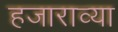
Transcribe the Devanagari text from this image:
हजाराव्या